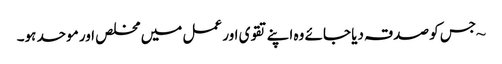
~ جس کو صدقہ دیا جائے وہ اپنےتقوی اور عمل میں مخلص اور موحد ہو۔